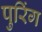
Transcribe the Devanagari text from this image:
पुरिंग